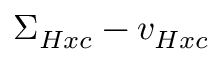
\Sigma _ { H x c } - v _ { H x c }